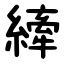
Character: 縴